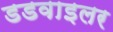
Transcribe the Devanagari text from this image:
डडवाइलर